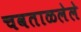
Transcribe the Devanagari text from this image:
चवताळलेले